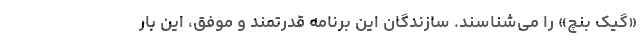
«گیک بنچ» را می‌شناسند. سازندگان این برنامه قدرتمند و موفق، این بار